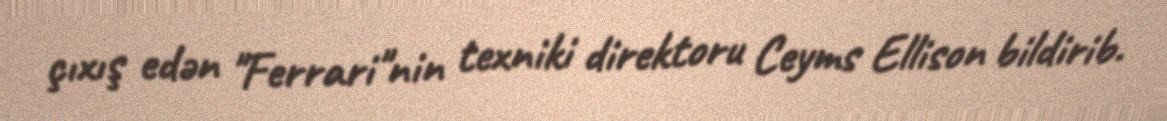
çıxış edən "Ferrari"nin texniki direktoru Ceyms Ellison bildirib.